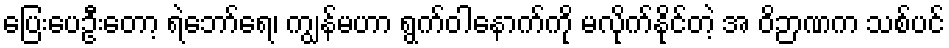
ပြေးပေဦးတော့ ရဲဘော်ရေ၊ ကျွန်မဟာ ရွက်ဝါနောက်ကို မလိုက်နိုင်တဲ့ အ ဝိဉာဏက သစ်ပင်